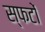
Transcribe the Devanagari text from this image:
स्फटों